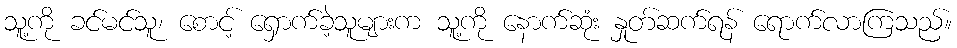
သူ့ကို ခင်မင်သူ၊ စောင့် ရှောက်ခဲ့သူများက သူ့ကို နောက်ဆုံး နှုတ်ဆက်ရန် ရောက်လာကြသည်။